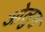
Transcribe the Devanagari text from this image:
ओलुस